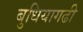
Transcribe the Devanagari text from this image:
बुधियागढी